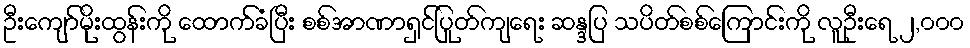
ဦးကျော်မိုးထွန်းကို ထောက်ခံပြီး စစ်အာဏာရှင်ပြုတ်ကျရေး ဆန္ဒပြ သပိတ်စစ်ကြောင်းကို လူဦးရေ ၂,၀၀၀